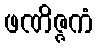
ဖဏိဇ္ဇကံ